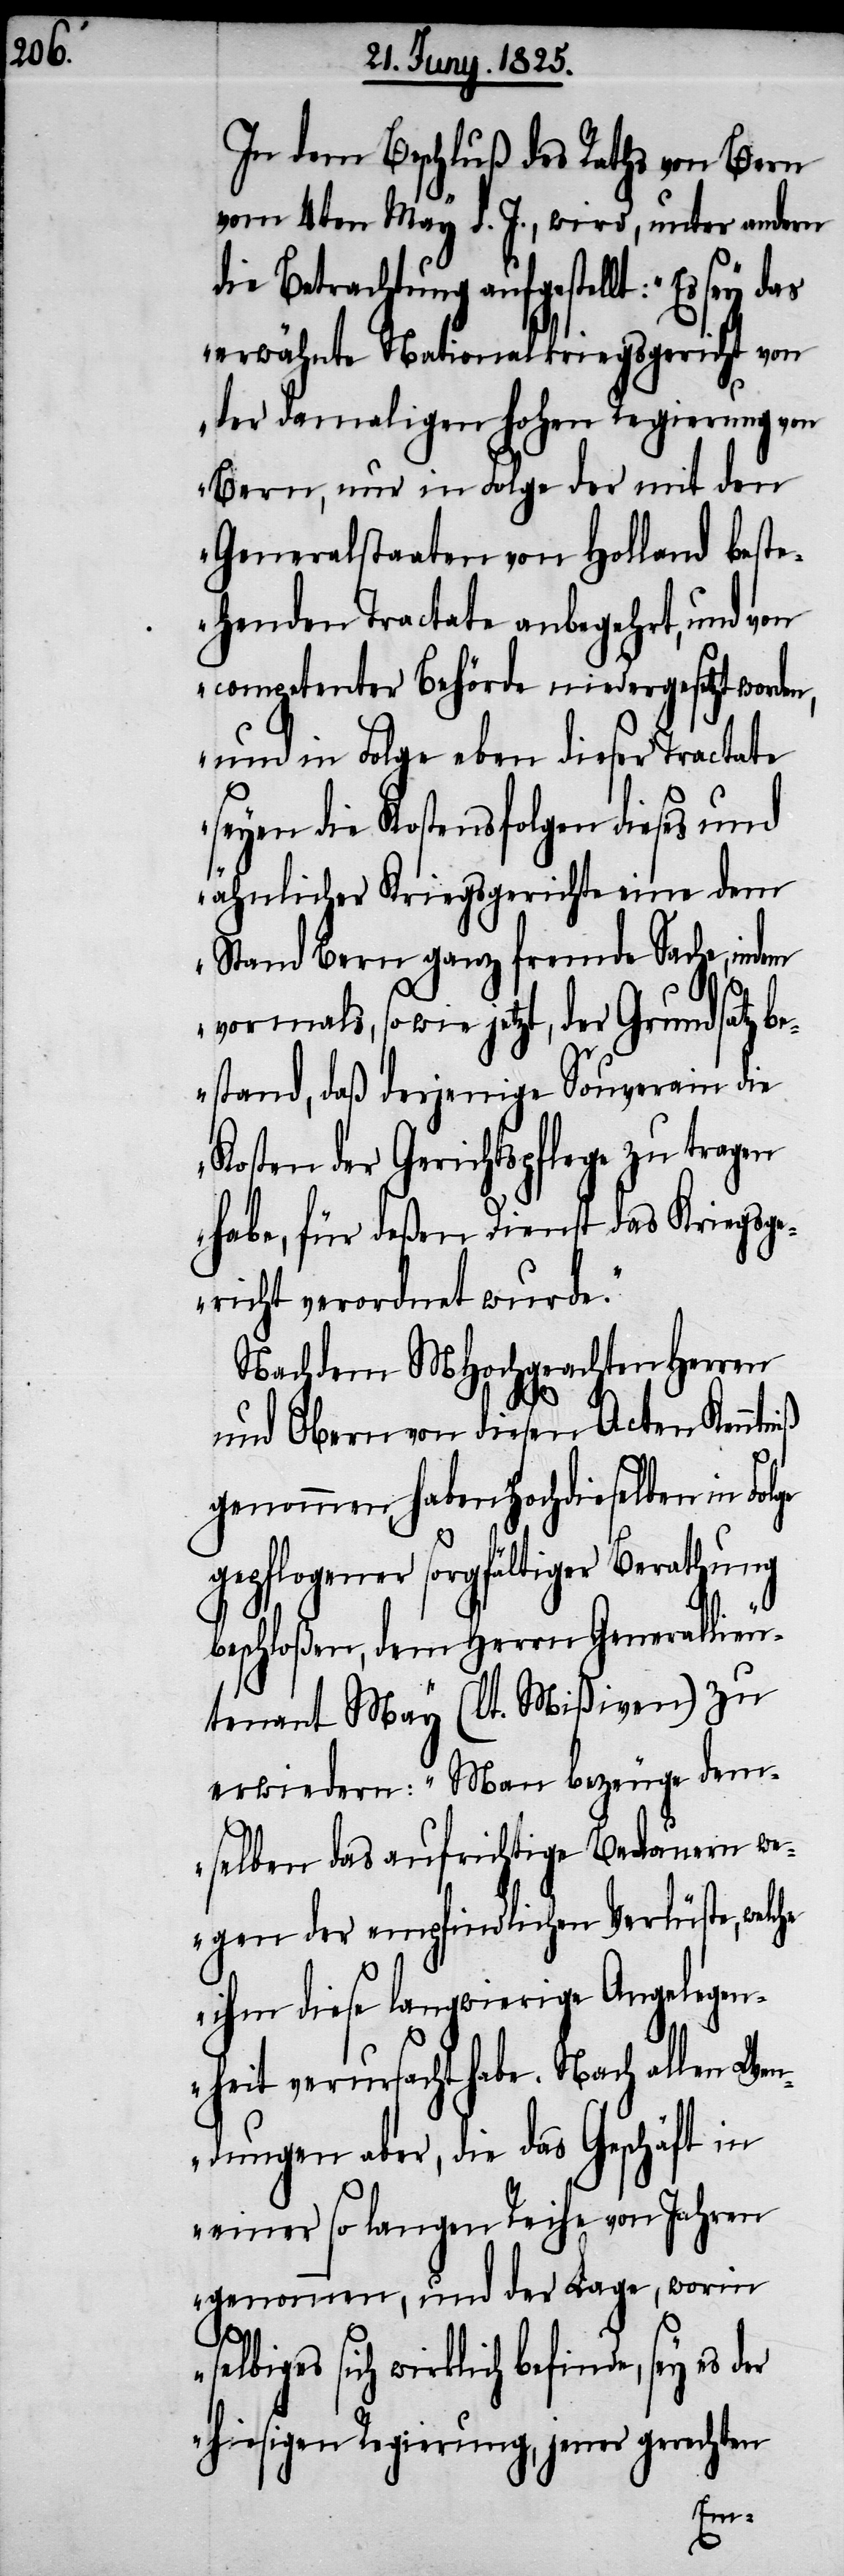
In dem Beschluß des Raths von Bern
vom 4ten May d. J., wird, unter anderm
die Betrachtung aufgestellt: „Es sey
erwähnte Nationalkriegsgericht von
der damaligen hohen Regierung von
Bern, nur in Folge der mit den
Generalstaaten von Holland best¬
ehenden Tractate anbegehrt, und von
competenter Behörde niedergesetzt worden,
und in Folge eben dieser Tractate
seyen die Kostensfolgen dieses und
ähnlicher Kriegsgerichte eine dem
Stand Bern ganz fremde Sache, indem
vormals, so wie jetzt, der Grundsatz be¬
stand, daß derjenige Souverain die
Kosten der Gerichtspflege zu tragen
habe, für deßen Dienst das Kriegsg¬
ericht verordnet wurde.
Nachdem MHochgeachten Herren
und Obern von diesen Acten Kenntniß
genommen, haben Hochdieselben in Fol¬
gepflogener sorgfältiger Berathung
beschloßen, dem Herrn Generallieu¬
tenant May (lt. Mißiven) zu
erwiedern: „Man bezeuge dem¬
selben das aufrichtige Bedauern we¬
gen der empfindlichen Verlüste, welche
ihm diese langwierige Angelegen¬
heit verursacht habe. Nach allen We¬
ndungen aber, die das Geschäft in
einer so langen Reihe von Jahren
genommen, und der Lage, worin
selbiges sich wirklich befinde, sey es der
gerech¬
ten